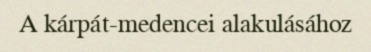
A kárpát-medencei alakulásához